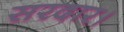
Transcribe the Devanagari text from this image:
सरदार।